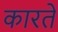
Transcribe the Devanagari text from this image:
कारतें